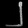
Digit: ၂